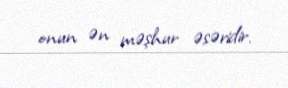
onun ən məşhur əsəridir.